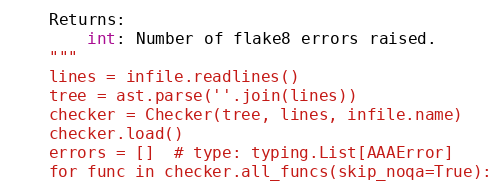
Language: Python
    Returns:
        int: Number of flake8 errors raised.
    """
    lines = infile.readlines()
    tree = ast.parse(''.join(lines))
    checker = Checker(tree, lines, infile.name)
    checker.load()
    errors = []  # type: typing.List[AAAError]
    for func in checker.all_funcs(skip_noqa=True):